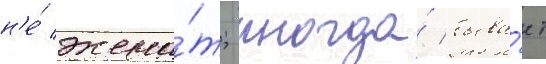
н'е́ жена́т; иногда́ быва́ет